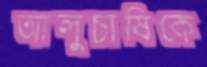
আলুচাষিকে